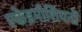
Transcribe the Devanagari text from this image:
एकेडमीशियनों